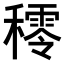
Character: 𥢴